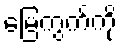
မြေကွက်ကို